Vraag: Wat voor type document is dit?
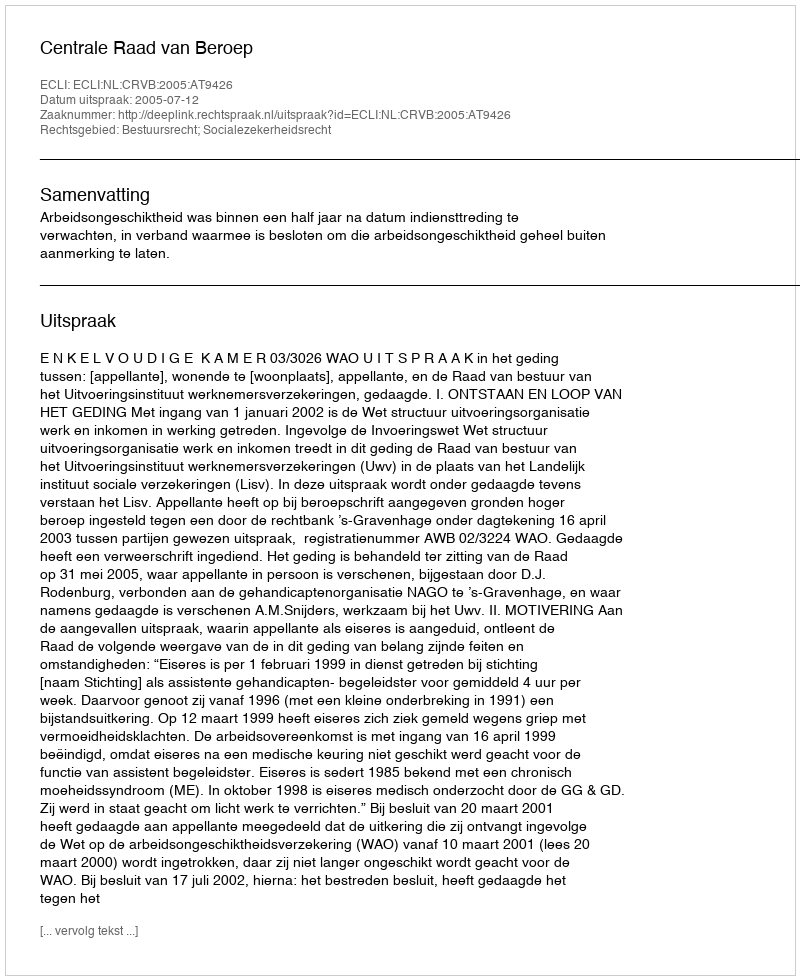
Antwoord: Uitspraak